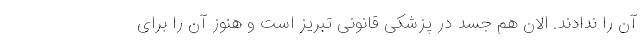
آن را ندادند. الان هم جسد در پزشکی قانونی تبریز است و هنوز آن را برای